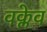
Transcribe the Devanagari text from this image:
वक्लेव